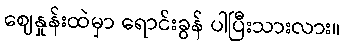
ဈေနှုန်းထဲမှာ ရောင်းခွန် ပါပြီးသားလား။